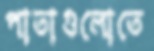
পাতাগুলোতে